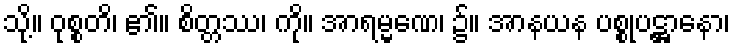
သို့။ ဝုစ္စတိ၊ ၏။ စိတ္တဿ၊ ကို။ အာရမ္မဏေ၊ ၌။ အာနယန ပစ္စုပဋ္ဌာနော၊